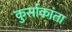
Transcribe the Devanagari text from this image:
कुर्साकांता